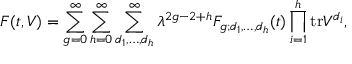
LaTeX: F ( t , V ) = \sum _ { g = 0 } ^ { \infty } \sum _ { h = 0 } ^ { \infty } \sum _ { d _ { 1 } , \ldots , d _ { h } } ^ { \infty } \lambda ^ { 2 g - 2 + h } F _ { g ; d _ { 1 } , \ldots , d _ { h } } ( t ) \prod _ { i = 1 } ^ { h } \mathrm { t r } V ^ { d _ { i } } ,